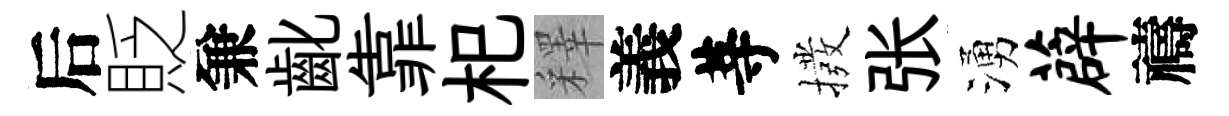
后貶兼齔靠𣏌釋義䓁撥张湧薜禱